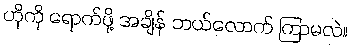
ဟိုကို ရောက်ဖို့ အချိန် ဘယ်လောက် ကြာမလဲ။